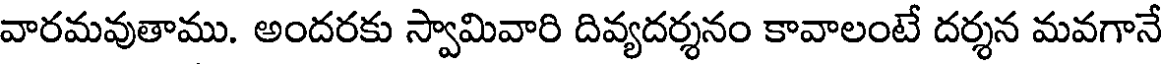
వారమవుతాము. అందరకు స్వామివారి దివ్యదర్శనం కావాలంటే దర్శన మవగానే